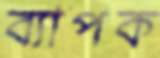
ব্যাপক